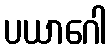
ပယာဂေါ